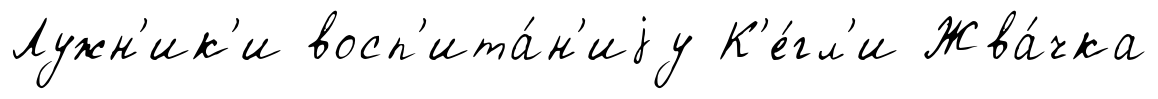
Лужн'ик'и восп'ита́н'иjу К'е́гл'и Жва́чка